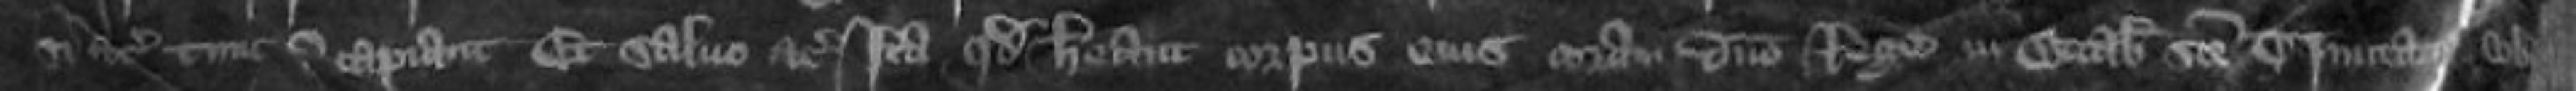
si etc tunc eum capiant Et salvo etc Ita quod habeant corpus eius coram domino rege in Octabis Sancte Trinitatis